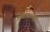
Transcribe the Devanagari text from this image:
आवश्यकतानुसर